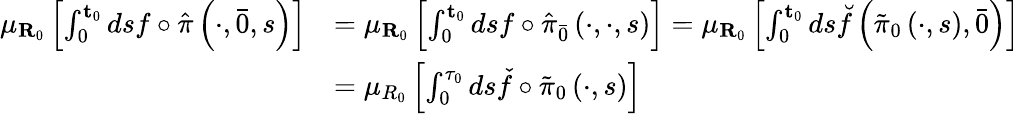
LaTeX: \begin{array}{rl}{\mu_{\mathbf{R}_{0}}\left[\int_{0}^{\mathbf{t}_{0}}dsf\circ\hat{\pi}\left(\cdot,\bar{0},s\right)\right]}&{=\mu_{\mathbf{R}_{0}}\left[\int_{0}^{\mathbf{t}_{0}}dsf\circ\hat{\pi}_{\bar{0}}\left(\cdot,\cdot,s\right)\right]=\mu_{\mathbf{R}_{0}}\left[\int_{0}^{\mathbf{t}_{0}}ds\breve{f}\left(\tilde{\pi}_{0}\left(\cdot,s\right),\bar{0}\right)\right]}\\ &{=\mu_{R_{0}}\left[\int_{0}^{\tau_{0}}ds\check{f}\circ\tilde{\pi}_{0}\left(\cdot,s\right)\right]}\end{array}